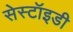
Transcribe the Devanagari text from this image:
सेस्टॉइडी